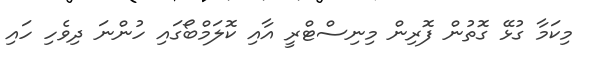
މިކަމާ ގުޅޭ ގޮތުން ފޮރިން މިނިސްޓްރީ އާއި ކޮލަމްބޯގައި ހުންނަ ދިވެހި ހައި